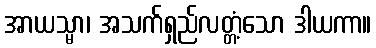
အာယသ္မာ၊ အသက်ရှည်လတ္တံ့သော ဒါယကာ။